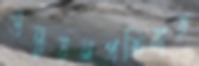
উন্নয়নপ্রক্রিয়ায়